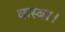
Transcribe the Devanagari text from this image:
कस्बा।